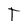
Character: T